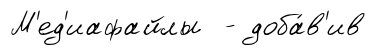
М'ед'иафайлы - доба́в'ив